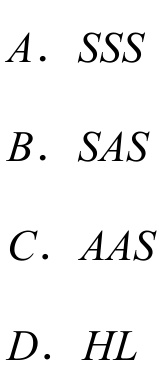
$A.\ SSS$
$B.\ SAS$
$C.\ AAS$
$D.\ HL$